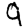
Digit: 9